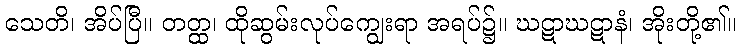
သေတိ၊ အိပ်ပြီ။ တတ္ထ၊ ထိုဆွမ်းလုပ်ကျွေးရာ အရပ်၌။ ဃဋာဃဋာနံ၊ အိုးတို့၏။